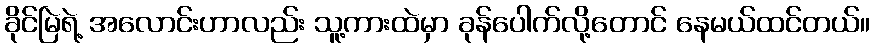
ခိုင်မြဲရဲ့ အလောင်းဟာလည်း သူ့ကားထဲမှာ ခုန်ပေါက်လို့တောင် နေမယ်ထင်တယ်။